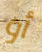
أو